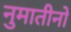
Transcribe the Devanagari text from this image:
नुमातीनो